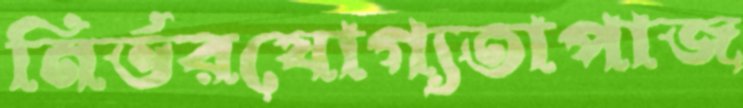
নির্ভরযোগ্যতাপাজ